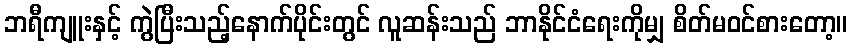
ဘရီကျူးနှင့် ကွဲပြီးသည့်နောက်ပိုင်းတွင် လူဆန်းသည် ဘာနိုင်ငံရေးကိုမျှ စိတ်မဝင်စားတော့။